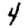
Digit: 4